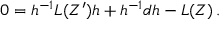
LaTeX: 0 = h ^ { - 1 } L ( Z ^ { \prime } ) h + h ^ { - 1 } d h - L ( Z ) \, .